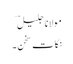
مولانا جلیل ؔ
نکاتِ سخن ۔